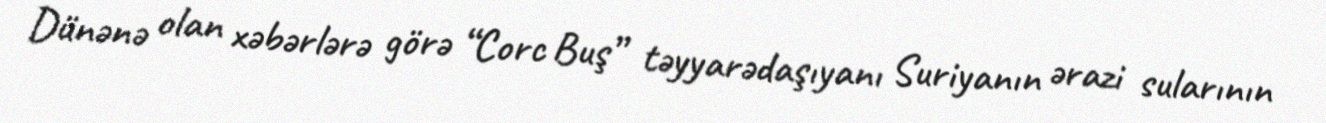
Dünənə olan xəbərlərə görə “Corc Buş” təyyarədaşıyanı Suriyanın ərazi sularının